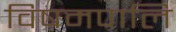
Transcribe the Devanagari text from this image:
विषमपालि